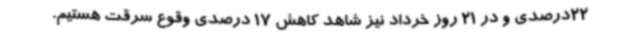
22درصدی و در 21 روز خرداد نیز شاهد کاهش 17 درصدی وقوع سرقت هستیم.